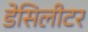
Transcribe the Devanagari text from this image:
डेसिलीटर